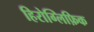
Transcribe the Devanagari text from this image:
हिरोग्लिफ़िक